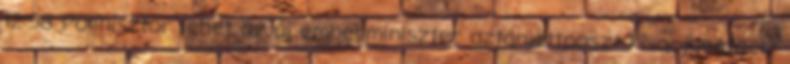
12:58 Polihisztor lehet az új emberminiszter aztánjöttposzt kisa: jaegtoer: